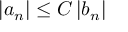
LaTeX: \left\vert a _ { n } \right\vert \leq C \left\vert b _ { n } \right\vert